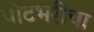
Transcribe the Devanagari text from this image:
पोटभरीचा